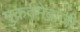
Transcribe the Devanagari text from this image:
मुक़दमेबाज़ी